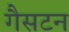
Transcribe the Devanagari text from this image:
गैसटन